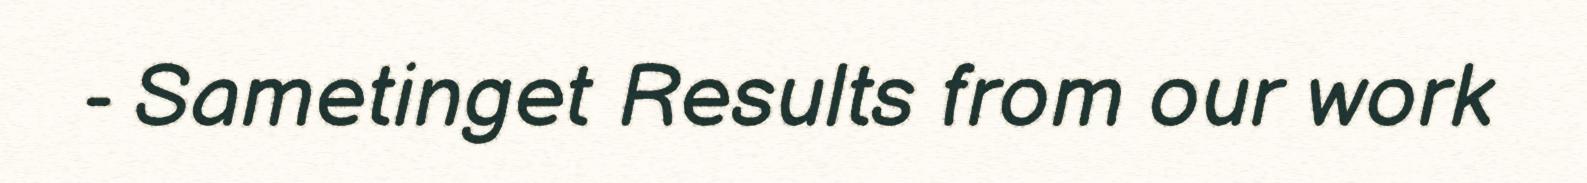
- Sametinget Results from our work